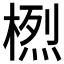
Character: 𱣽